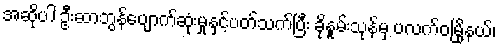
အဆိုပါ ဦးဆာဘွန်ပျောက်ဆုံးမှုနှင့်ပတ်သက်ပြီး ခိုနူမ်းသုန်မှ ပလက်ဝမြို့နယ်၊